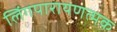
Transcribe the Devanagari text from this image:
लिंगपारायणत्मक